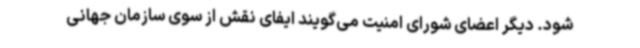
شود. دیگر اعضای شورای امنیت می‌گویند ایفای نقش از سوی سازمان جهانی